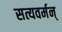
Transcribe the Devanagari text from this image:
सत्यवर्मन्